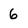
Character: 6